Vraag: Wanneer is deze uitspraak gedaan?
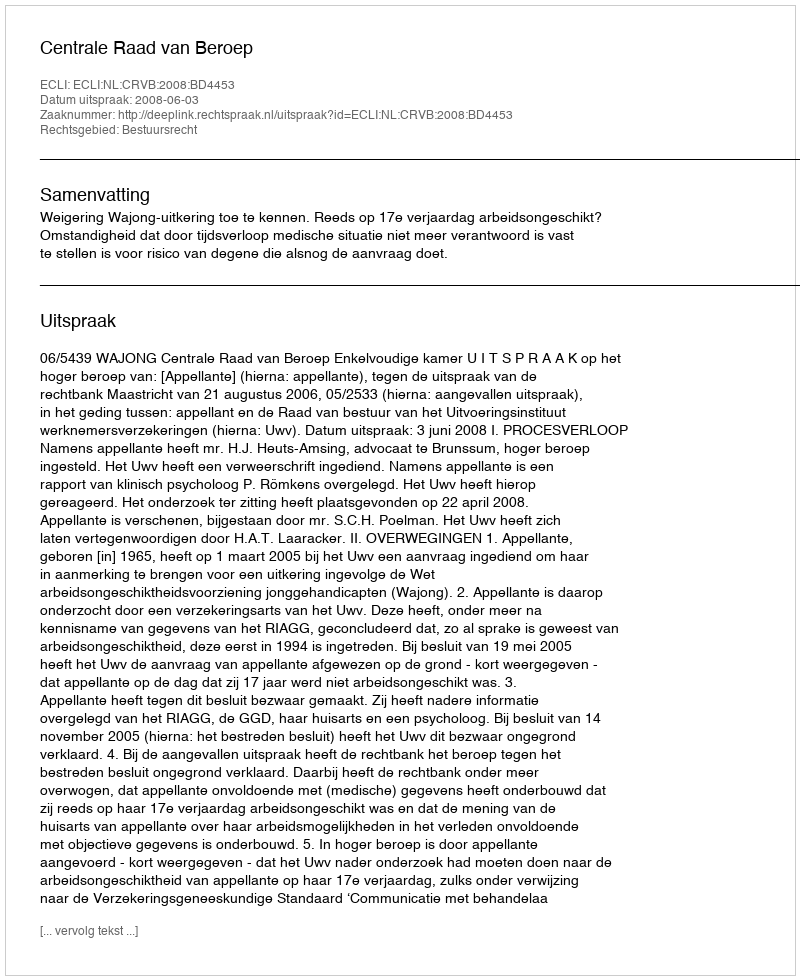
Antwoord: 2008-06-03